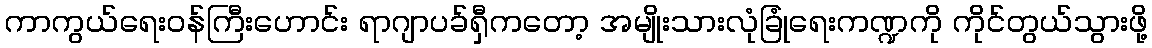
ကာကွယ်ရေးဝန်ကြီးဟောင်း ရာဂျာပခ်ရှီကတော့ အမျိုးသားလုံခြုံရေးကဏ္ဍကို ကိုင်တွယ်သွားဖို့